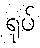
ရုပ်